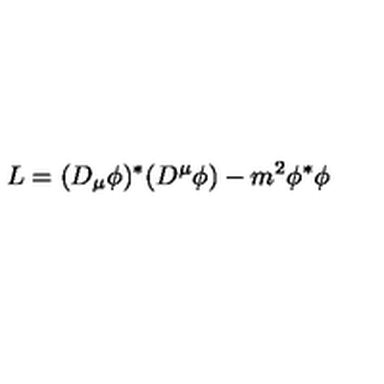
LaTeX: L = ( D _ { \mu } \phi ) ^ { * } ( D ^ { \mu } \phi ) - m ^ { 2 } \phi ^ { * } \phi